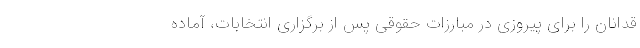
قدانان را برای پیروزی در مبارزات حقوقی پس از برگزاری انتخابات، آماده